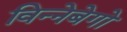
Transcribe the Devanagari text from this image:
विन्नेबेगो